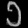
Digit: ၁